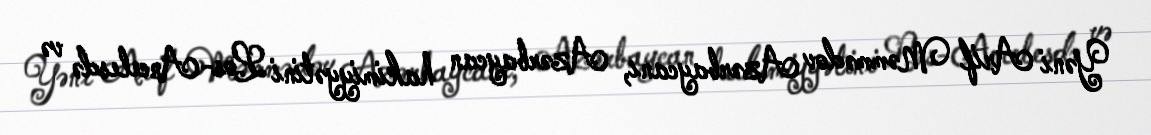
Yəni Arif Məmmədov Azərbaycanı, Azərbaycan hakimiyyətini Los-Ancelesdə və